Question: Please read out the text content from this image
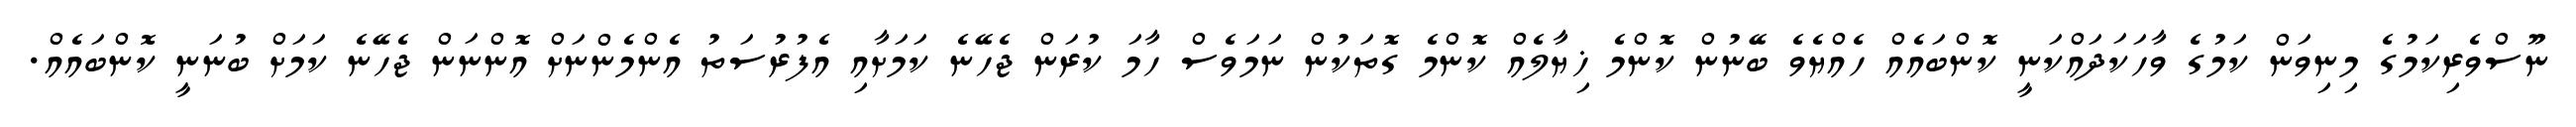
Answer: ނޫސްވެރިކަމުގެ މިނިވަން ކަމުގެ ވާހަކަދައްކަނީ ކޮންބައެއް ހެއްޔެވެ ބޭނުން ކޮންމެ ޚިޔާލެއް ކޮންމެ ގޮތަކުން ނަމަވެސް ހާމަ ކުރަން ޖެހޭނެ ކަމަށާއި އެފުރުސަތު އެންމެންނަށް އޮންނަން ޖެހޭނެ ކަމަށް ބުނަނީ ކޮންބައެއް.